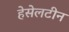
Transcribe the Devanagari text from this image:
हेसेलटीन